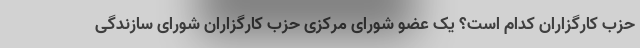
حزب کارگزاران کدام است؟ یک عضو شورای مرکزی حزب کارگزاران شورای سازندگی